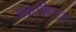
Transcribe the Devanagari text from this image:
अक्षकितव